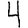
Digit: 4